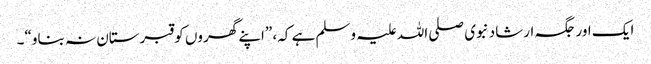
ایک اور جگہ ارشاد نبوی صلی اللہ علیہ وسلم ہے کہ، ”اپنے گھروں کو قبرستان نہ بناو“۔